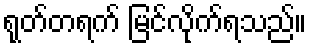
ရုတ်တရက် မြင်လိုက်ရသည်။